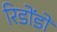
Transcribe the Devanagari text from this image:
रिडोंडो